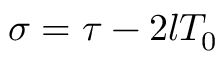
\sigma = \tau - 2 l T _ { 0 }